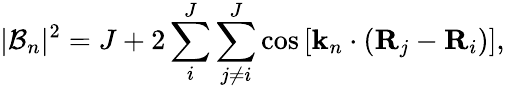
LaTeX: |\mathcal{B}_{n}|^{2}=J+2\sum_{i}^{J}\sum_{j\neq i}^{J}\cos\left[\mathbf{k}_{n}\cdot(\mathbf{R}_{j}-\mathbf{R}_{i})\right],